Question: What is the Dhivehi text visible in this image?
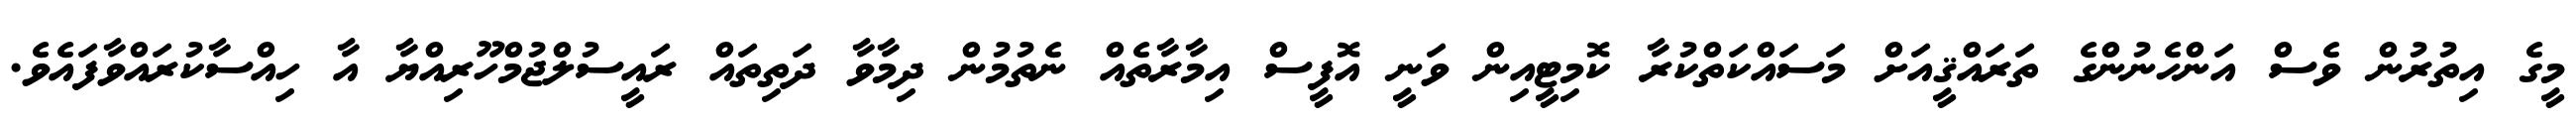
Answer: މީގެ އިތުރުން ވެސް އަންހެނުންގެ ތަރައްޤީއަށް މަސައްކަތްކުރާ ކޮމިޓީއިން ވަނީ އޮފީސް އިމާރާތެއް ނެތުމުން ދިމާވާ ދަތިތައް ރައީސުލްޖުމްހޫރިއްޔާ އާ ހިއްސާކުރައްވާފައެވެ.